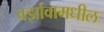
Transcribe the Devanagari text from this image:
वर्झावामधील